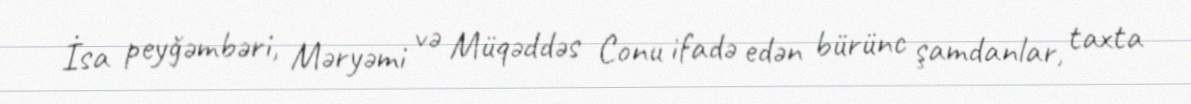
İsa peyğəmbəri, Məryəmi və Müqəddəs Conu ifadə edən bürünc şamdanlar, taxta